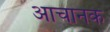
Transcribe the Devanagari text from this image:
आचानक